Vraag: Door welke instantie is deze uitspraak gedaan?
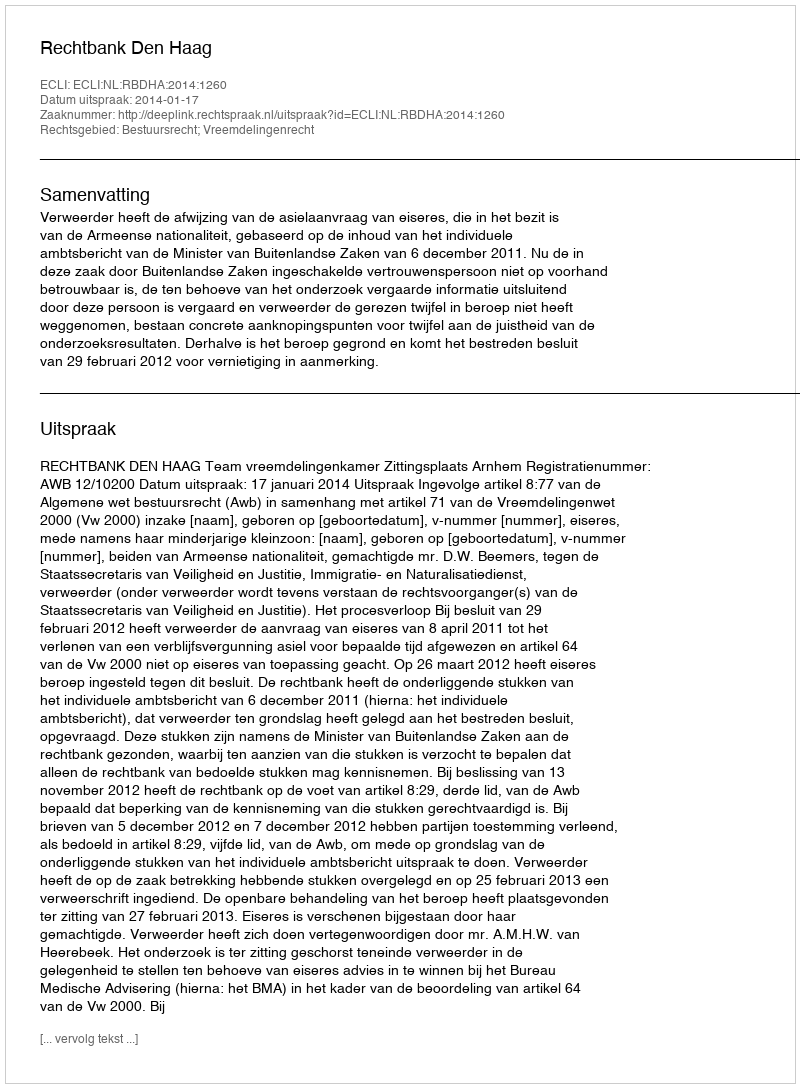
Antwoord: Rechtbank Den Haag